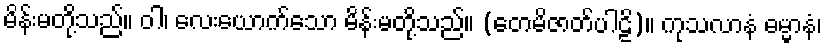
မိန်းမတို့သည်။ ဝါ၊ လေးယောက်သော မိန်းမတို့သည်။ (တေမိဇာတ်ပါဠိ)။ ကုသလာနံ ဓမ္မာနံ၊